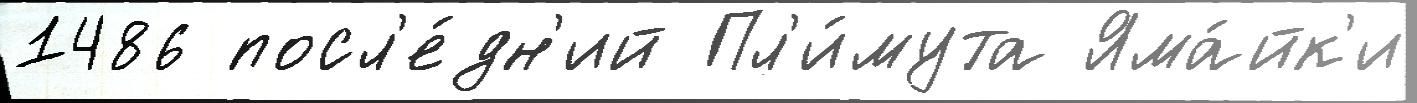
1486 посл'е́дн'ий Пл'и́мута Яма́йк'и